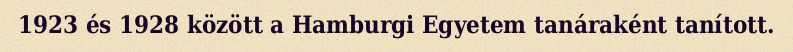
1923 és 1928 között a Hamburgi Egyetem tanáraként tanított.